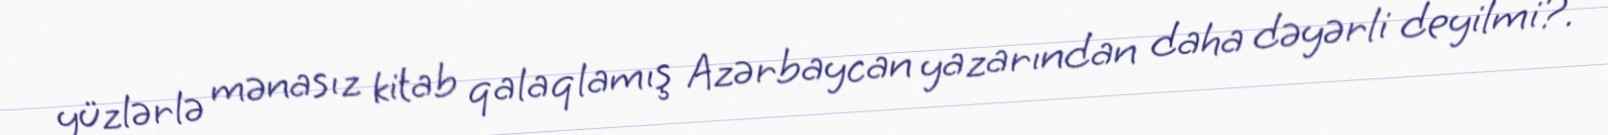
yüzlərlə mənasız kitab qalaqlamış Azərbaycan yazarından daha dəyərli deyilmi?.